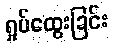
ရှုပ်ထွေးခြင်း